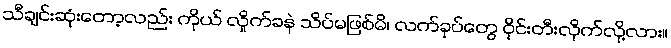
သီချင်းဆုံးတော့လည်း ကိုယ် လှိုက်ခနဲ သိပ်မဖြစ်မိ၊ လက်ခုပ်တွေ ဝိုင်းတီးလိုက်လို့လား။